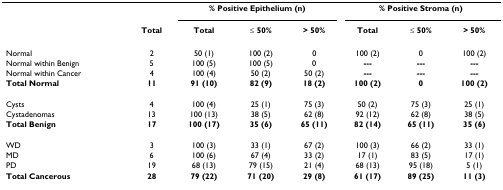
<table><thead><tr><td>[EMPTY_CELL]</td><td>[EMPTY_CELL]</td><td colspan="3"><b>% Positive Epithelium (n)</b></td><td colspan="3"><b>% Positive Stroma (n)</b></td></tr><tr><td>[EMPTY_CELL]</td><td><b>Total</b></td><td><b>Total</b></td><td><b>≤ 50%</b></td><td><b>&gt; 50%</b></td><td><b>Total</b></td><td><b>≤ 50%</b></td><td><b>&gt; 50%</b></td></tr></thead><tbody><tr><td>Normal</td><td>2</td><td>50 (1)</td><td>100 (2)</td><td>0</td><td>100 (2)</td><td>0</td><td>100 (2)</td></tr><tr><td>Normal within Benign</td><td>5</td><td>100 (5)</td><td>100 (5)</td><td>0</td><td><b>---</b></td><td><b>---</b></td><td><b>---</b></td></tr><tr><td>Normal within Cancer</td><td>4</td><td>100 (4)</td><td>50 (2)</td><td>50 (2)</td><td><b>---</b></td><td><b>---</b></td><td><b>---</b></td></tr><tr><td><b>Total Normal</b></td><td><b>11</b></td><td><b>91 (10)</b></td><td><b>82 (9)</b></td><td><b>18 (2)</b></td><td><b>100 (2)</b></td><td><b>0</b></td><td><b>100 (2)</b></td></tr><tr><td>Cysts</td><td>4</td><td>100 (4)</td><td>25 (1)</td><td>75 (3)</td><td>50 (2)</td><td>75 (3)</td><td>25 (1)</td></tr><tr><td>Cystadenomas</td><td>13</td><td>100 (13)</td><td>38 (5)</td><td>62 (8)</td><td>92 (12)</td><td>62 (8)</td><td>38 (5)</td></tr><tr><td><b>Total Benign</b></td><td><b>17</b></td><td><b>100 (17)</b></td><td><b>35 (6)</b></td><td><b>65 (11)</b></td><td><b>82 (14)</b></td><td><b>65 (11)</b></td><td><b>35 (6)</b></td></tr><tr><td>WD</td><td>3</td><td>100 (3)</td><td>33 (1)</td><td>67 (2)</td><td>100 (3)</td><td>66 (2)</td><td>33 (1)</td></tr><tr><td>MD</td><td>6</td><td>100 (6)</td><td>67 (4)</td><td>33 (2)</td><td>17 (1)</td><td>83 (5)</td><td>17 (1)</td></tr><tr><td>PD</td><td>19</td><td>68 (13)</td><td>79 (15)</td><td>21 (4)</td><td>68 (13)</td><td>95 (18)</td><td>5 (1)</td></tr><tr><td><b>Total Cancerous</b></td><td><b>28</b></td><td><b>79 (22)</b></td><td><b>71 (20)</b></td><td><b>29 (8)</b></td><td><b>61 (17)</b></td><td><b>89 (25)</b></td><td><b>11 (3)</b></td></tr></tbody></table>